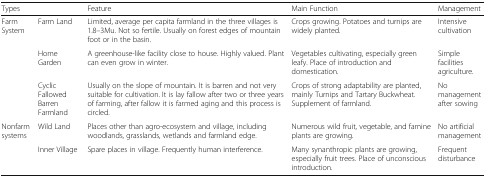
<table><thead><tr><td colspan="2"><b>Types</b></td><td><b>Feature</b></td><td><b>Main Function</b></td><td><b>Management</b></td></tr></thead><tbody><tr><td rowspan="3">Farm System</td><td>Farm Land</td><td>Limited, average per capita farmland in the three villages is 1.8–3Mu. Not so fertile. Usually on forest edges of mountain foot or in the basin.</td><td>Crops growing. Potatoes and turnips are widely planted.</td><td>Intensive cultivation</td></tr><tr><td>Home Garden</td><td>A greenhouse-like facility close to house. Highly valued. Plant can even grow in winter.</td><td>Vegetables cultivating, especially green leafy. Place of introduction and domestication.</td><td>Simple facilities agriculture.</td></tr><tr><td>Cyclic Fallowed Barren Farmland</td><td>Usually on the slope of mountain. It is barren and not very suitable for cultivation. It is lay fallow after two or three years of farming, after fallow it is farmed aging and this process is circled.</td><td>Crops of strong adaptability are planted, mainly Turnips and Tartary Buckwheat. Supplement of farmland.</td><td>No management after sowing</td></tr><tr><td rowspan="2">Nonfarm systems</td><td>Wild Land</td><td>Places other than agro-ecosystem and village, including woodlands, grasslands, wetlands and farmland edge.</td><td>Numerous wild fruit, vegetable, and famine plants are growing.</td><td>No artificial management</td></tr><tr><td>Inner Village</td><td>Spare places in village. Frequently human interference.</td><td>Many synanthropic plants are growing, especially fruit trees. Place of unconscious introduction.</td><td>Frequent disturbance</td></tr></tbody></table>